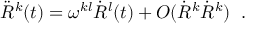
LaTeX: \ddot { R } ^ { k } ( t ) = \omega ^ { k l } \dot { R } ^ { l } ( t ) + O ( \dot { R } ^ { k } \dot { R } ^ { k } ) \; \; .